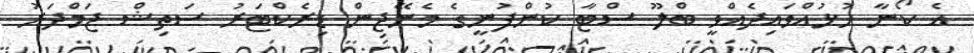
އެ ކޯނާ ހުޅުއްވައިދެއްވީ ބްލޫ ސްޓާ ކުންފުނީގެ މެނޭޖިން ޑިރެކްޓަރު ސަތިޝް ޖަމްދަރު